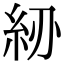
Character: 𥾠